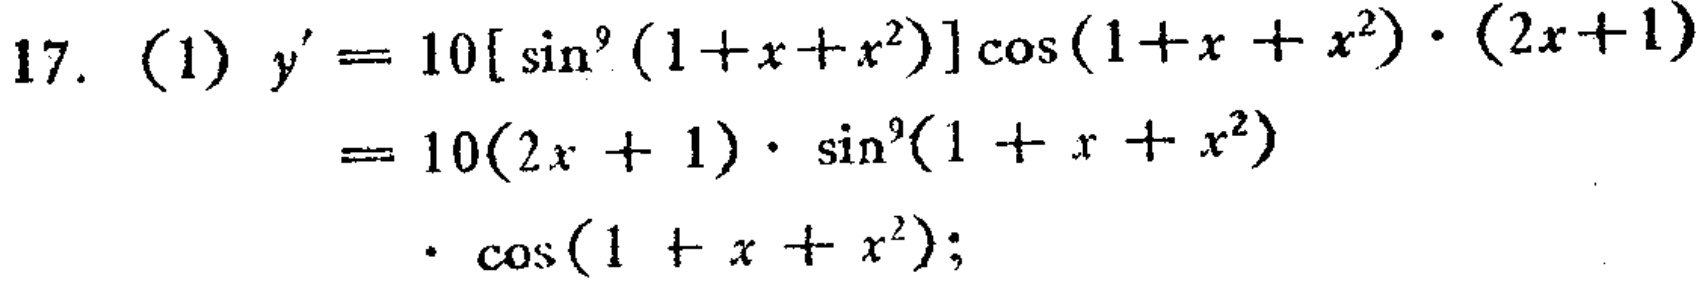
17. (1) \(y^{\prime}=10[\sin^{9}(1 + x + x^{2})]\cos(1 + x + x^{2})\cdot(2x + 1)=10(2x + 1)\cdot\sin^{9}(1 + x + x^{2})\cdot\cos(1 + x + x^{2});\)